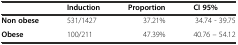
<table><thead><tr><td></td><td><b>Induction</b></td><td><b>Proportion</b></td><td><b>CI 95%</b></td></tr></thead><tbody><tr><td><b>Non obese</b></td><td>531/1427</td><td>37.21%</td><td> 34.74 - 39.75</td></tr><tr><td><b>Obese</b></td><td>100/211</td><td>47.39%</td><td>40.76 – 54.12</td></tr></tbody></table>